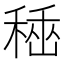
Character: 𥠞